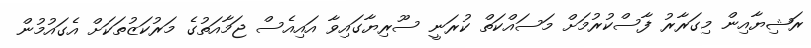
ރަޝިޔާއިން މިގަރާރު ފާސްކުރުމަށް މަސައްކަތް ކުރަނީ ސޫރިޔާގައިވާ އައިއެސް ޖަމާއަތުގެ މަރުކަޒުތަކަށް އެގައުމުން